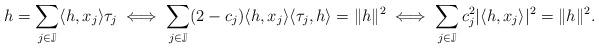
LaTeX: \begin{align*} h= \sum \limits_{j\in \mathbb{J}}\langle h, x_j\rangle \tau_j \iff \sum\limits_{j\in\mathbb{J}}(2-c_j)\langle h, x_j\rangle \langle \tau_j, h\rangle = \|h\|^2 \iff \sum\limits_{j\in\mathbb{J}}c_j^2|\langle h, x_j\rangle |^2 = \|h\|^2. \end{align*}